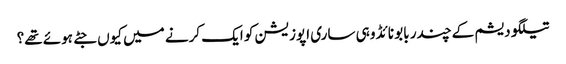
تیلگو دیشم کے چندر بابو نائڈو ہی ساری اپوزیشن کو ایک کرنے میں کیوں جٹے ہوئے تھے؟